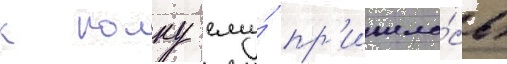
к полку ему́ пр'ишло́сь